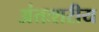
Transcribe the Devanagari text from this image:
अंतःशरीय